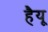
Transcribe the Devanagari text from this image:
हैयू